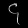
Digit: ၄